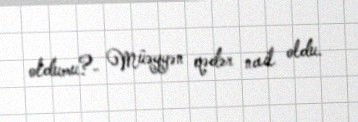
oldumu?- Müəyyən qədər nail oldu.